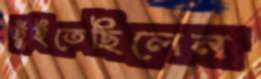
ছুঁইতেছিলেন